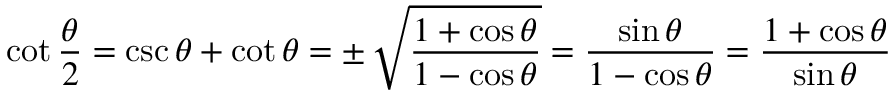
\cot { \frac { \theta } { 2 } } = \csc \theta + \cot \theta = \pm \, { \sqrt { \frac { 1 + \cos \theta } { 1 - \cos \theta } } } = { \frac { \sin \theta } { 1 - \cos \theta } } = { \frac { 1 + \cos \theta } { \sin \theta } }